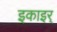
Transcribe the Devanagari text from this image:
इकाइर्